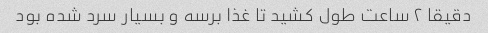
دقیقا ۲ ساعت طول کشید تا غذا برسه و بسیار سرد شده بود